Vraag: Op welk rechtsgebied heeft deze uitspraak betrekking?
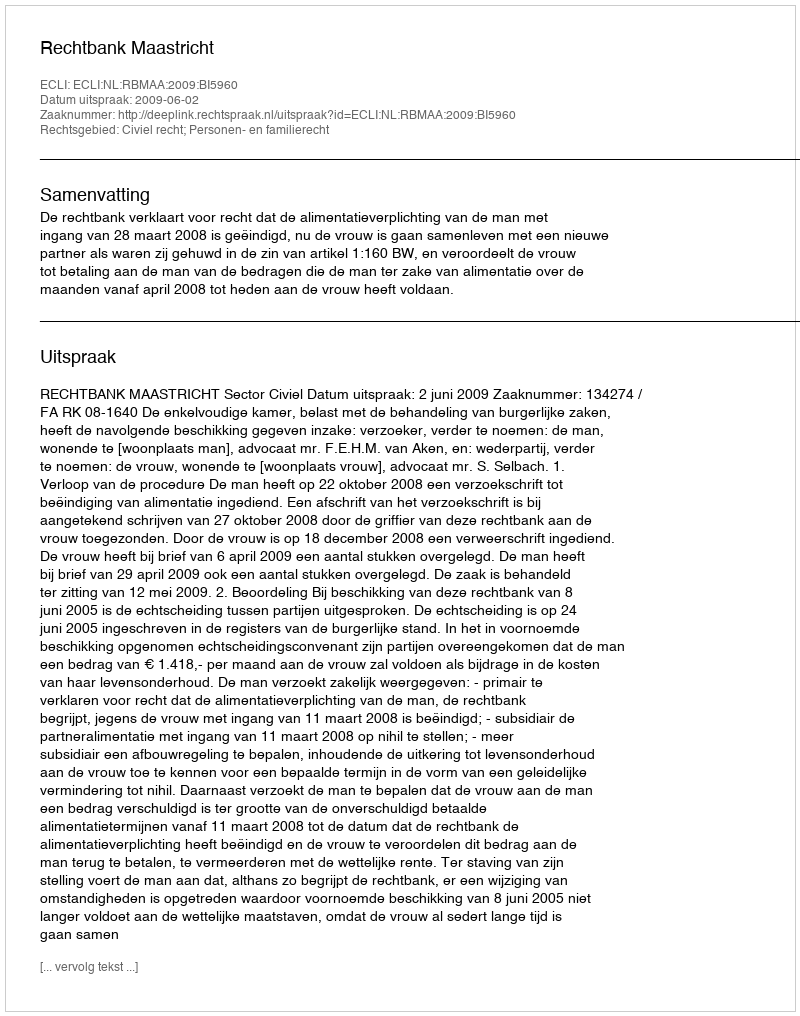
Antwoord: Civiel recht; Personen- en familierecht